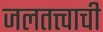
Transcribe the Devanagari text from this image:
जलतत्त्वाची